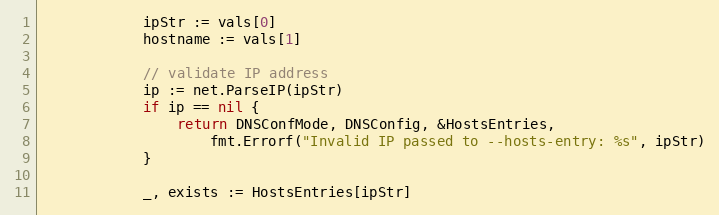
Language: Go
			ipStr := vals[0]
			hostname := vals[1]

			// validate IP address
			ip := net.ParseIP(ipStr)
			if ip == nil {
				return DNSConfMode, DNSConfig, &HostsEntries,
					fmt.Errorf("Invalid IP passed to --hosts-entry: %s", ipStr)
			}

			_, exists := HostsEntries[ipStr]